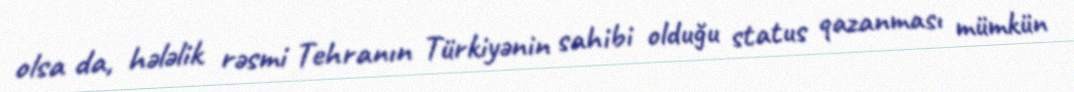
olsa da, hələlik rəsmi Tehranın Türkiyənin sahibi olduğu status qazanması mümkün